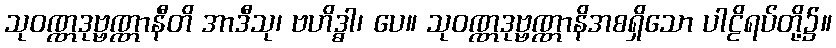
သုဝဏ္ဏဒုဗ္ဗဏ္ဏာနီတိ အာဒီသု၊ ဗဟိဒ္ဓါ၊ ပေ။ သုဝဏ္ဏဒုဗ္ဗဏ္ဏာနိအစရှိသော ပါဠိရပ်တို့၌။